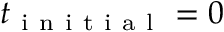
t _ { \mathrm { ~ i ~ n ~ i ~ t ~ i ~ a ~ l ~ } } = 0